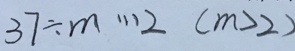
3 7 \div m \cdots 2 ( m > 2 )